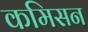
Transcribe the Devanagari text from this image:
कमिसन